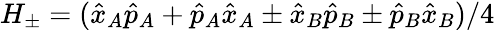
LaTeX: H_{\pm}=(\hat{x}_{A}\hat{p}_{A}+\hat{p}_{A}\hat{x}_{A}\pm\hat{x}_{B}\hat{p}_{B}\pm\hat{p}_{B}\hat{x}_{B})/4